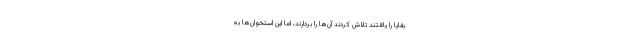
بقایا را یافتند تلاش کردند آن‌ها را بردارند، اما این استخوان‌ها به